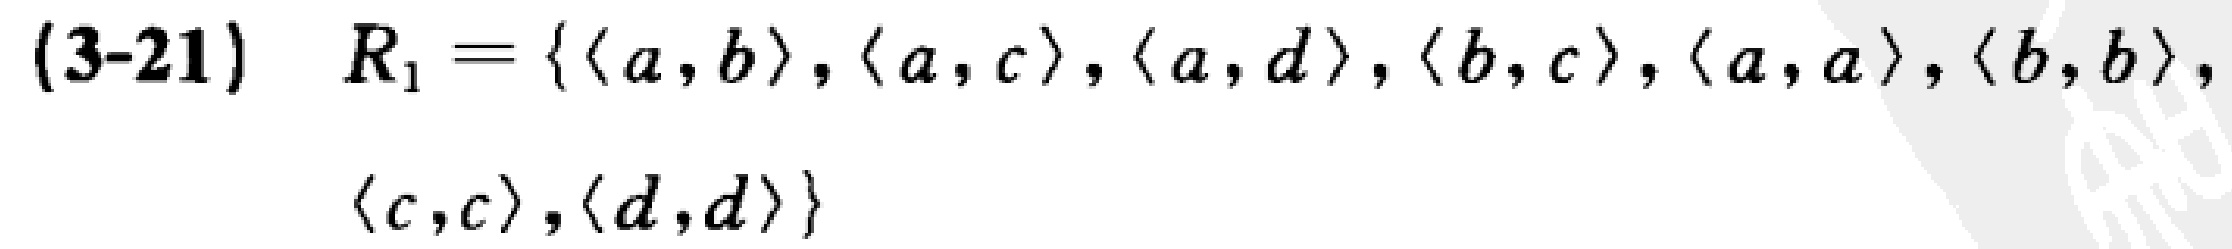
(3-21) \(R_{1}=\{\langle a,b\rangle,\langle a,c\rangle,\langle a,d\rangle,\langle b,c\rangle,\langle a,a\rangle,\langle b,b\rangle,\langle c,c\rangle,\langle d,d\rangle\}\)